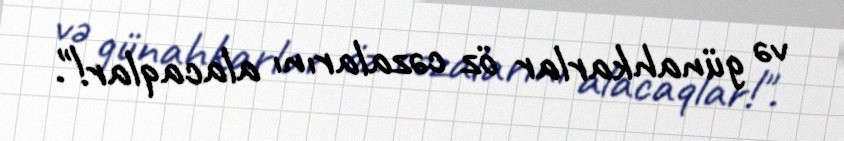
və günahkarlar öz cəzalarını alacaqlar!".